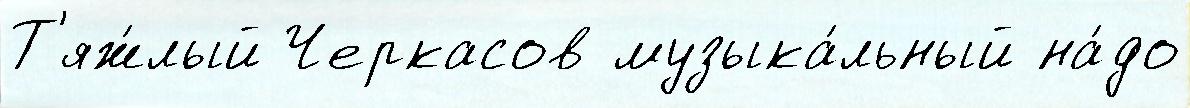
Т'яж́лый Черкасов музыка́льный на́до